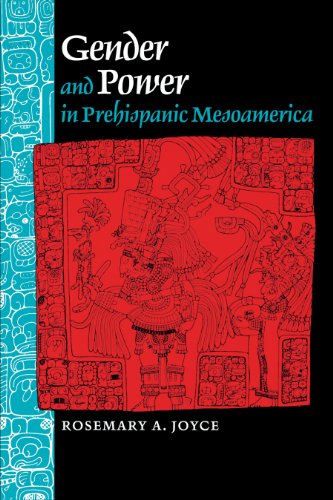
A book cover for Gender and Power in Prehispanic Mesoamerica; Rosemary A. Joyce; History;